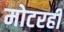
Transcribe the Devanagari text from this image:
मोटरही